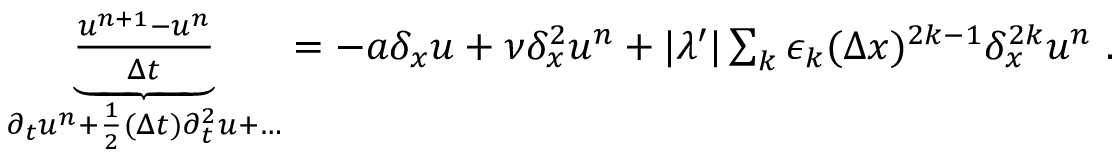
\begin{array} { r } { \underbrace { \frac { u ^ { n + 1 } - u ^ { n } } { \Delta t } } _ { \partial _ { t } u ^ { n } + \frac { 1 } { 2 } ( \Delta t ) \partial _ { t } ^ { 2 } u + \dots } = - a \delta _ { x } u + \nu \delta _ { x } ^ { 2 } u ^ { n } + | \lambda ^ { \prime } | \sum _ { k } \epsilon _ { k } ( \Delta x ) ^ { 2 k - 1 } \delta _ { x } ^ { 2 k } u ^ { n } \ . } \end{array}